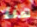
هنا